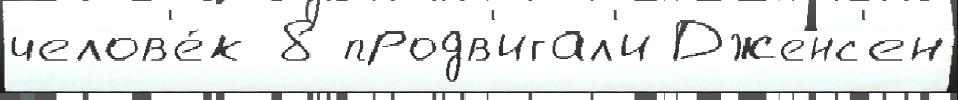
челов'е́к 8 продв'игал'и Дженс'ен